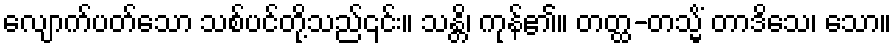
လျောက်ပတ်သော သစ်ပင်တို့သည်၎င်း။ သန္တိ၊ ကုန်၏။ တတ္ထ-တသ္မိံ တာဒိသေ၊ သော။